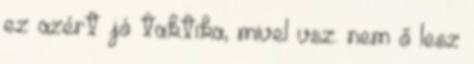
ez azért jó taktika, mivel vsz. nem ő lesz